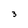
Character: 3